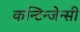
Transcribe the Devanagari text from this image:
कन्टिन्जेन्सी